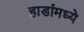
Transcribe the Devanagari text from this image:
हाडांमध्ये